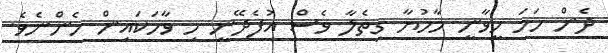
ދެން ހަމަ ހީވާނީ މާމުޔާ ގިތެލާ ވެސް އުފެދޭނީ މި ވާހަކައިން ހެންނެވެ.